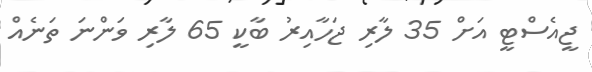
ޖީއެސްޓީ އަށް 35 ލާރި ޖަހާއިރު ބާކީ 65 ލާރި ވަންނަ ތަނެއް